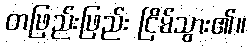
တဖြည်းဖြည်း ငြိမ်သွား၏။